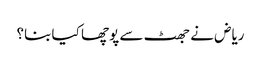
ریاض نے جھٹ سے پوچھا کیا بنا؟